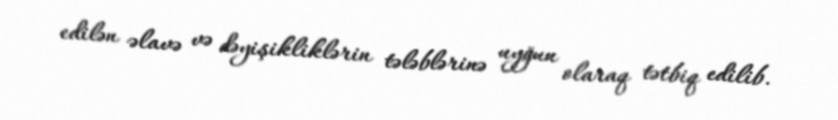
edilən əlavə və dəyişikliklərin tələblərinə uyğun olaraq tətbiq edilib.